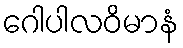
ဂေါပါလဝိမာနံ